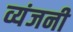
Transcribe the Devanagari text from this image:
व्यंजनी